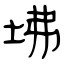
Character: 坲